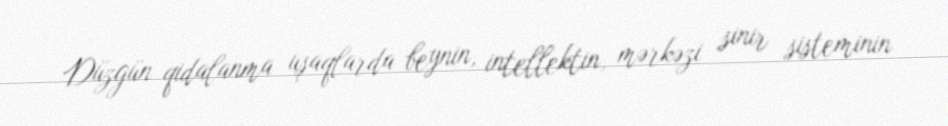
Düzgün qidalanma uşaqlarda beynin, intellektin, mərkəzi sinir sisteminin